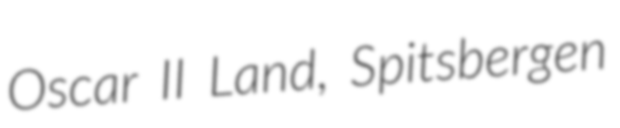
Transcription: Oscar II Land, Spitsbergen